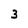
Character: 3